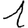
Digit: 1